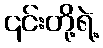
၎င်းတို့ရဲ့